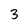
Character: 3